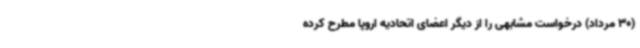
(30 مرداد) درخواست مشابهی را از دیگر اعضای اتحادیه اروپا مطرح کرده